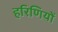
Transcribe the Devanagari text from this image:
हरिणियों